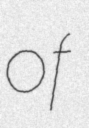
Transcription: of